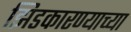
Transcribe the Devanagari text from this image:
झिडकारण्याच्या